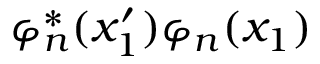
\varphi _ { n } ^ { * } ( x _ { 1 } ^ { \prime } ) \varphi _ { n } ( x _ { 1 } )